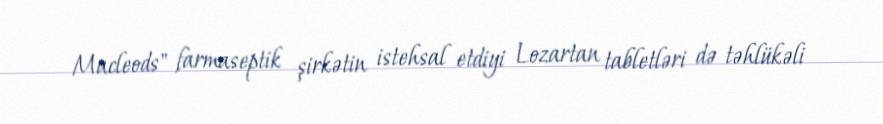
Macleods" farmaseptik şirkətin istehsal etdiyi Lozartan tabletləri də təhlükəli